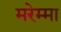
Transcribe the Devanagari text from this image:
मरेम्मा